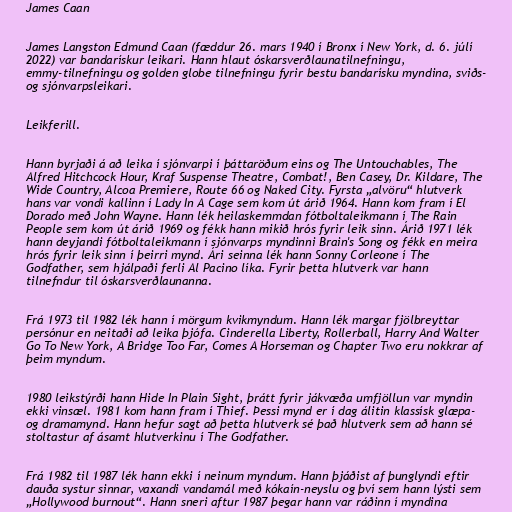
James Caan

James Langston Edmund Caan (fæddur 26. mars 1940 í Bronx í New York, d. 6. júlí
2022) var bandarískur leikari. Hann hlaut óskarsverðlaunatilnefningu,
emmy-tilnefningu og golden globe tilnefningu fyrir bestu bandarísku myndina, sviðs-
og sjónvarpsleikari.

Leikferill.

Hann byrjaði á að leika í sjónvarpi í þáttaröðum eins og The Untouchables, The
Alfred Hitchcock Hour, Kraf Suspense Theatre, Combat!, Ben Casey, Dr. Kildare, The
Wide Country, Alcoa Premiere, Route 66 og Naked City. Fyrsta „alvöru“ hlutverk
hans var vondi kallinn í Lady In A Cage sem kom út árið 1964. Hann kom fram í El
Dorado með John Wayne. Hann lék heilaskemmdan fótboltaleikmann í The Rain
People sem kom út árið 1969 og fékk hann mikið hrós fyrir leik sinn. Árið 1971 lék
hann deyjandi fótboltaleikmann í sjónvarps myndinni Brain's Song og fékk en meira
hrós fyrir leik sinn í þeirri mynd. Ári seinna lék hann Sonny Corleone í The
Godfather, sem hjálpaði ferli Al Pacino líka. Fyrir þetta hlutverk var hann
tilnefndur til óskarsverðlaunanna.

Frá 1973 til 1982 lék hann í mörgum kvikmyndum. Hann lék margar fjölbreyttar
persónur en neitaði að leika þjófa. Cinderella Liberty, Rollerball, Harry And Walter
Go To New York, A Bridge Too Far, Comes A Horseman og Chapter Two eru nokkrar af
þeim myndum.

1980 leikstýrði hann Hide In Plain Sight, þrátt fyrir jákvæða umfjöllun var myndin
ekki vinsæl. 1981 kom hann fram í Thief. Þessi mynd er í dag álitin klassísk glæpa-
og dramamynd. Hann hefur sagt að þetta hlutverk sé það hlutverk sem að hann sé
stoltastur af ásamt hlutverkinu í The Godfather.

Frá 1982 til 1987 lék hann ekki í neinum myndum. Hann þjáðist af þunglyndi eftir
dauða systur sinnar, vaxandi vandamál með kókaín-neyslu og því sem hann lýsti sem
„Hollywood burnout“. Hann sneri aftur 1987 þegar hann var ráðinn í myndina